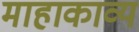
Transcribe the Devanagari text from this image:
माहाकाव्य